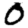
Digit: 0